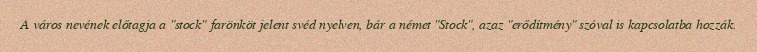
A város nevének előtagja a "stock" farönköt jelent svéd nyelven, bár a német "Stock", azaz "erődítmény" szóval is kapcsolatba hozzák.